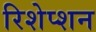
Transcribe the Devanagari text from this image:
रिशेप्शन